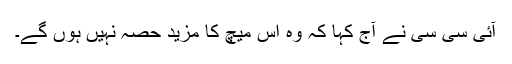
آئی سی سی نے آج کہا کہ وہ اس میچ کا مزید حصہ نہیں ہوں گے۔